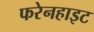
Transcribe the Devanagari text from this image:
फरेनहाइट